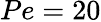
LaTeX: Pe=20